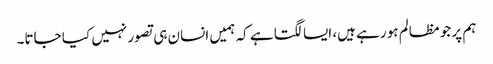
ہم پر جو مظالم ہو رہے ہیں، ایسا لگتا ہے کہ ہمیں انسان ہی تصور نہیں کیا جاتا۔